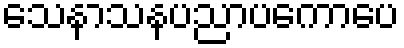
သေနာသနပညာပကောပေ